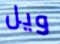
ويل